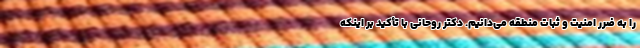
را به ضرر امنیت و ثبات منطقه می‌دانیم. دکتر روحانی با تأکید بر اینکه